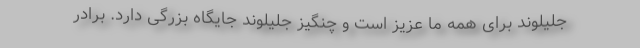
جلیلوند برای همه ما عزیز است و چنگیز جلیلوند جایگاه بزرگی دارد. برادر